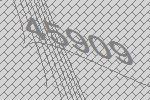
45909